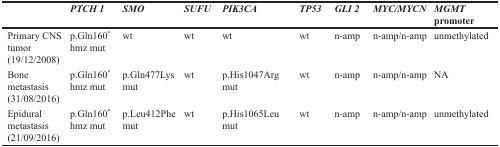
<table><thead><tr><td></td><td><b><i>PTCH 1</i></b></td><td><b><i>SMO</i></b></td><td><b><i>SUFU</i></b></td><td><b><i>PIK3CA</i></b></td><td><b><i>TP53</i></b></td><td><b><i>GLI 2</i></b></td><td><b><i>MYC/MYCN</i></b></td><td><b><i>MGMT</i> promoter</b></td></tr></thead><tbody><tr><td>Primary CNS tumor(19/12/2008)</td><td>p.Gln160<sup>*</sup>hmz mut</td><td>wt</td><td>wt</td><td>wt</td><td>wt</td><td>n-amp</td><td>n-amp/n-amp</td><td>unmethylated</td></tr><tr><td>Bone metastasis(31/08/2016)</td><td>p.Gln160<sup>*</sup>hmz mut</td><td>p.Gln477Lys mut</td><td>wt</td><td>p.His1047Arg mut</td><td>wt</td><td>n-amp</td><td>n-amp/n-amp</td><td>NA</td></tr><tr><td>Epidural metastasis(21/09/2016)</td><td>p.Gln160<sup>*</sup>hmz mut</td><td>p.Leu412Phe mut</td><td>wt</td><td>p.His1065Leu mut</td><td>wt</td><td>n-amp</td><td>n-amp/n-amp</td><td>unmethylated</td></tr></tbody></table>